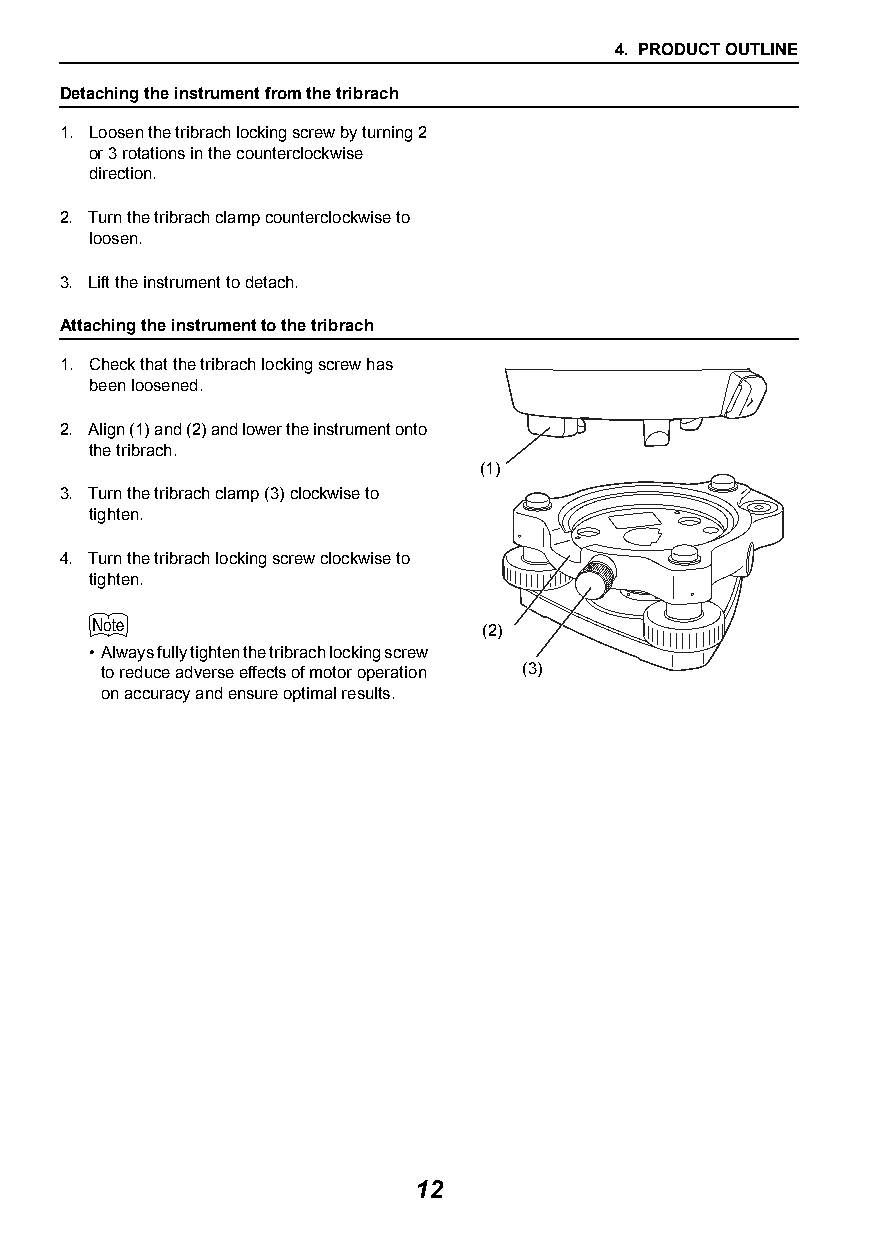
4. PRODUCT OUTLINE
 Detaching the instrument from the tribrach
 1. Loosen the tribrach locking screw by turning 2
 or 3 rotations in the counterclockwise
 direction.
 2. Turn the tribrach clamp counterclockwise to
 loosen.
 3. Lift the instrument to detach.
 Attaching the instrument to the tribrach
 1. Check that the tribrach locking screw has
 been loosened.
 2. Align (1) and (2) and lower the instrument onto
 the tribrach.
 (1)
 3. Turn the tribrach clamp (3) clockwise to
 tighten.
 4. Turn the tribrach locking screw clockwise to
 tighten.
 
 (2)
 •Always fully tighten the tribrach locking screw
 to reduce adverse effects of motor operation (3)
 on accuracy and ensure optimal results.
 12